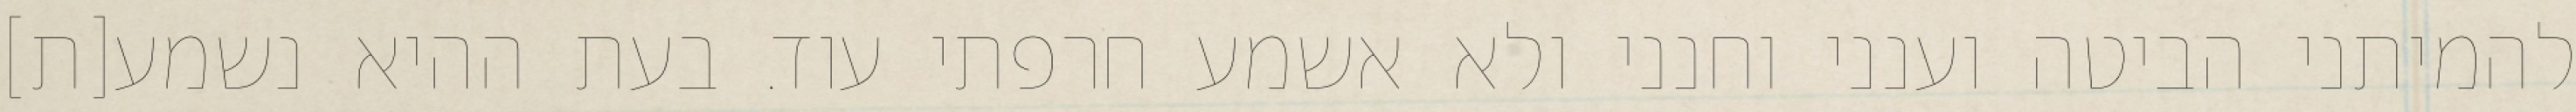
להמיתני הביטה וענני וחנני ולא אשמע חרפתי עוד. בעת ההיא נשמע[ת]